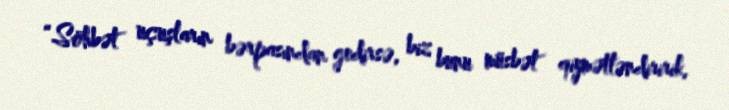
“Söhbət uçuşların bərpasından gedirsə, biz bunu müsbət qiymətləndiririk,